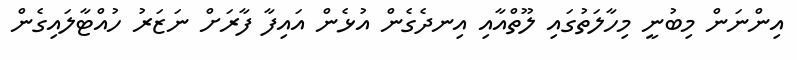
އިންނަން މިބުނީ މިހާލަތުގައި ލޫތްއާއި އިނދެގެން އުޅެން އައިފާ ފާރަށް ނަޒަރު ހުއްޓާލައިގެން